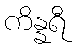
ကိန္နရီ